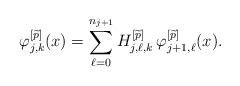
\begin{align*}\varphi_{j,k}^{\left[\widetilde{p}\right]}(x)=\sum_{\ell=0}^{n_{j+1}} H_{j,\ell,k}^{\left[\widetilde{p}\right]}\,\varphi_{j+1,\ell}^{\left[\widetilde{p}\right]}(x).\end{align*}